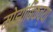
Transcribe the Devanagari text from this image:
मोझांबिकच्या